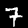
Label: 7